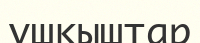
ұшқыштар